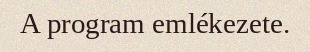
A program emlékezete.